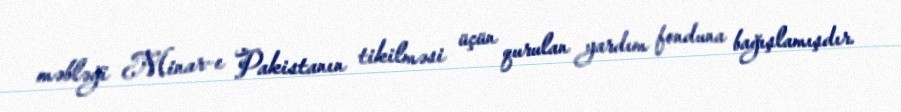
məbləği Minar-e Pakistanın tikilməsi üçün qurulan yardım fonduna bağışlamışdır.